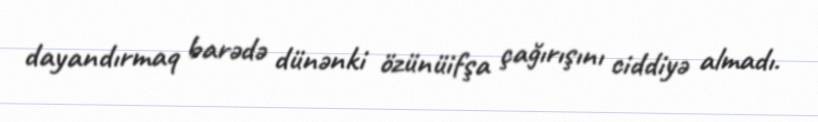
dayandırmaq barədə dünənki özünüifşa çağırışını ciddiyə almadı.